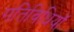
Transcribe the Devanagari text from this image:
गतिविधियॉं